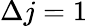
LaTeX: \Delta j=1